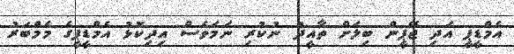
އެމްޑީޕީ އަދި ޖޭޕީން ބިލަށް ތާއީދު ނުކުރި ނަމަވެސް އިދިކޮޅު އެމްޑީޕީގެ މެމްބަރު